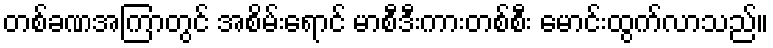
တစ်ခဏအကြာတွင် အစိမ်းရောင် မာစီဒီးကားတစ်စီး မောင်းထွက်လာသည်။